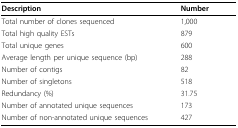
<table><thead><tr><td><b>Description</b></td><td><b>Number</b></td></tr></thead><tbody><tr><td>Total number of clones sequenced</td><td>1,000</td></tr><tr><td>Total high quality ESTs</td><td>879</td></tr><tr><td>Total unique genes</td><td>600</td></tr><tr><td>Average length per unique sequence (bp)</td><td>288</td></tr><tr><td>Number of contigs</td><td>82</td></tr><tr><td>Number of singletons</td><td>518</td></tr><tr><td>Redundancy (%)</td><td>31.75</td></tr><tr><td>Number of annotated unique sequences</td><td>173</td></tr><tr><td>Number of non-annotated unique sequences</td><td>427</td></tr></tbody></table>